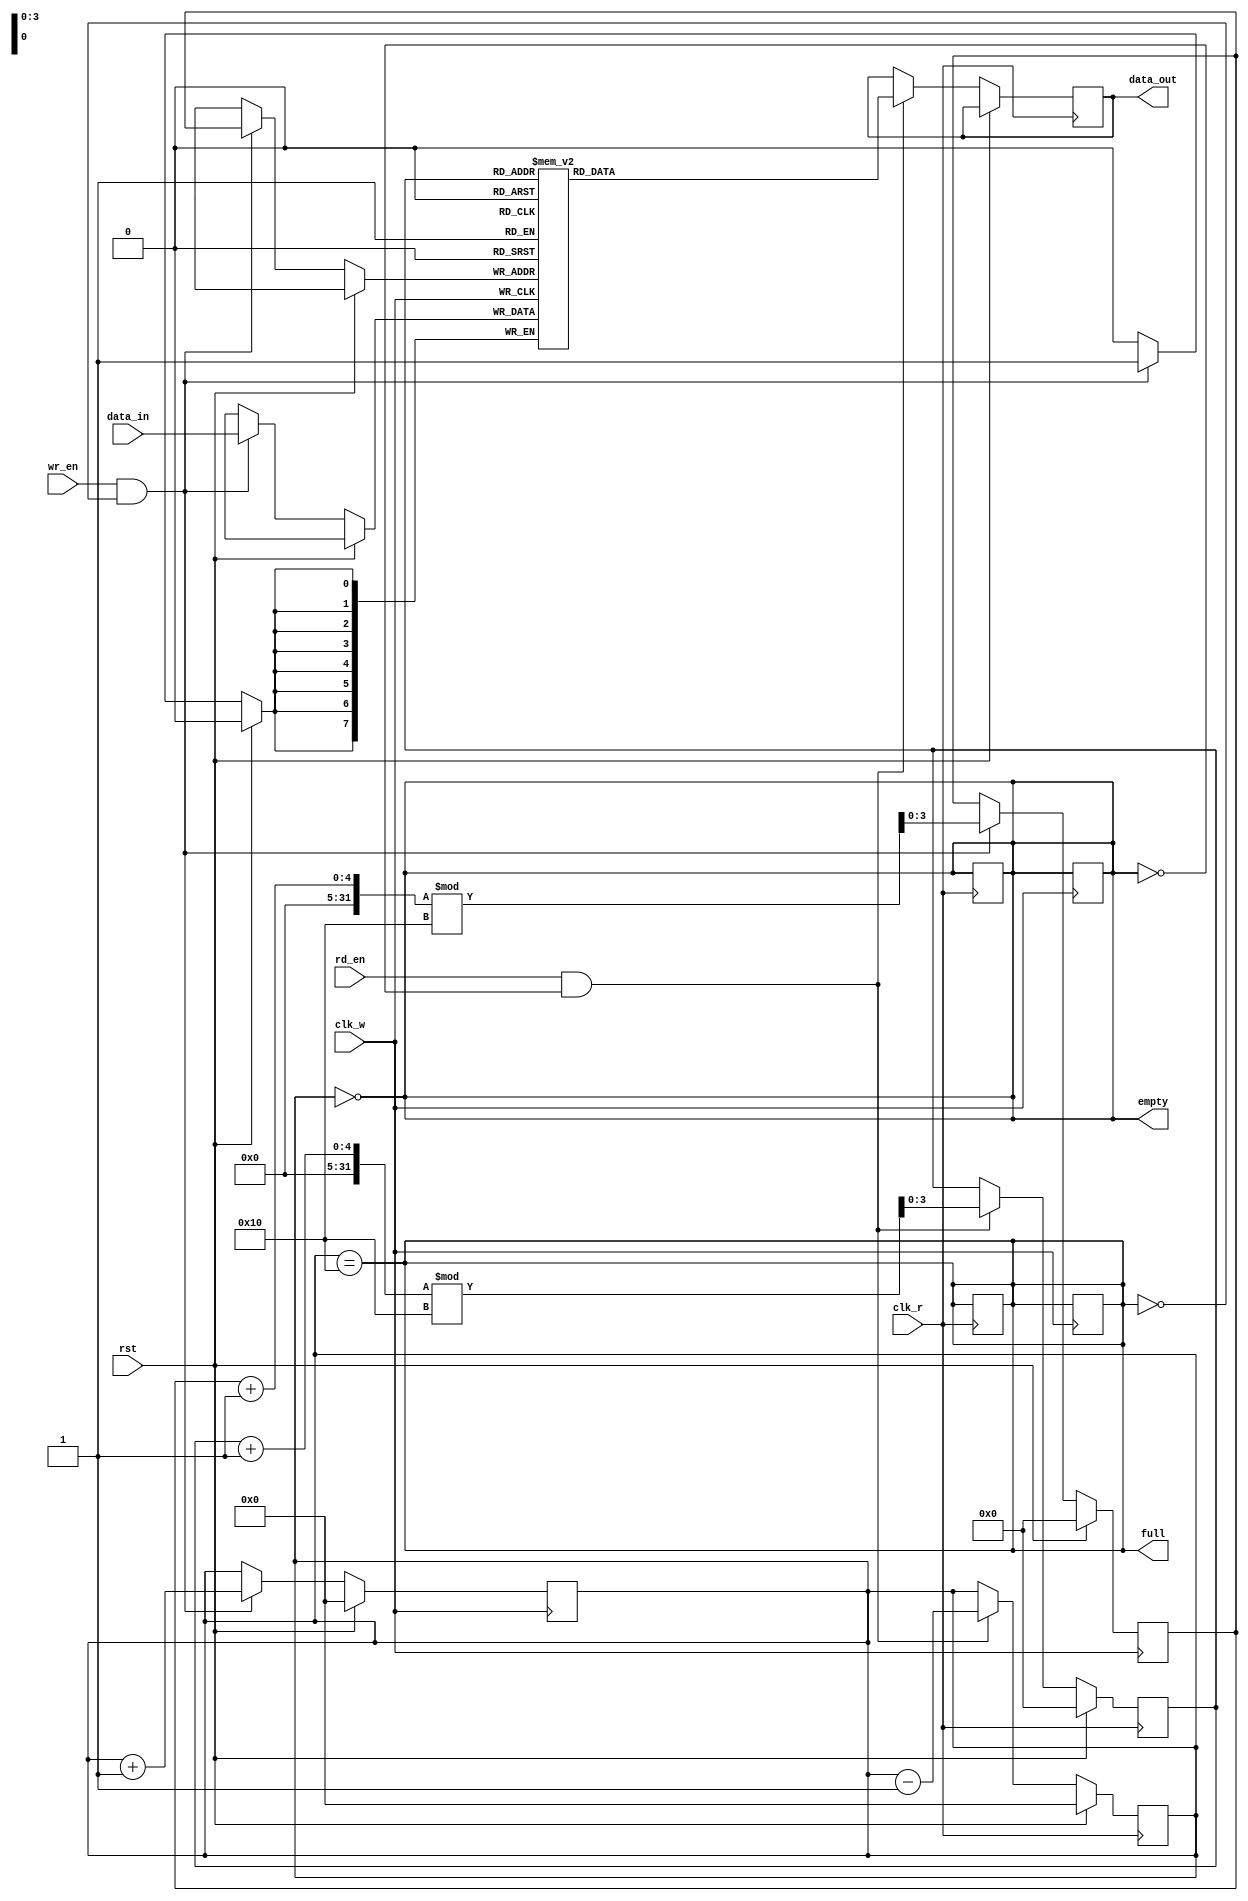
module dual_clock_fifo #(
    parameter DATA_WIDTH = 8,  // Width of the data
    parameter DEPTH = 16        // Depth of the FIFO
)(
    input wire clk_w,           // Write clock
    input wire clk_r,           // Read clock
    input wire rst,             // Synchronous reset
    input wire wr_en,           // Write enable
    input wire rd_en,           // Read enable
    input wire [DATA_WIDTH-1:0] data_in, // Data input
    output reg [DATA_WIDTH-1:0] data_out, // Data output
    output reg full,            // Full flag
    output reg empty            // Empty flag
);

    // Memory storage
    reg [DATA_WIDTH-1:0] fifo_mem [0:DEPTH-1];

    // Write and read pointers
    reg [clog2(DEPTH)-1:0] wp; // Write pointer
    reg [clog2(DEPTH)-1:0] rp; // Read pointer
    reg [clog2(DEPTH+1)-1:0] count; // Entry count

    // Pointer synchronization
    reg [clog2(DEPTH)-1:0] wp_sync;
    reg [clog2(DEPTH)-1:0] rp_sync;

    // Write operation
    always @(posedge clk_w) begin
        if (rst) begin
            wp <= 0;
            count <= 0;
            full <= 0;
        end else if (wr_en && !full) begin
            fifo_mem[wp] <= data_in; // Write data
            wp <= (wp + 1) % DEPTH;   // Increment write pointer
            count <= count + 1;       // Increment count
        end
        
        // Update full flag
        full <= (count == DEPTH);
        empty <= (count == 0);
    end

    // Read operation
    always @(posedge clk_r) begin
        if (rst) begin
            rp <= 0;
            count <= 0;
            empty <= 1;
        end else if (rd_en && !empty) begin
            data_out <= fifo_mem[rp]; // Read data
            rp <= (rp + 1) % DEPTH;    // Increment read pointer
            count <= count - 1;        // Decrement count
        end
        
        // Update empty flag
        empty <= (count == 0);
        full <= (count == DEPTH);
    end

    // Synchronizing write pointer to read clock domain
    always @(posedge clk_r) begin
        wp_sync <= wp; // Synchronize the write pointer
    end

    // Synchronizing read pointer to write clock domain
    always @(posedge clk_w) begin
        rp_sync <= rp; // Synchronize the read pointer
    end

    // Full and empty flag logic
    always @* begin
        full = (count == DEPTH);
        empty = (count == 0);
    end

    // Function to calculate log2
    function integer clog2(input integer value);
        begin
            value = value - 1;
            for (clog2 = 0; value > 0; clog2 = clog2 + 1)
                value = value >> 1;
        end
    endfunction

endmodule